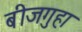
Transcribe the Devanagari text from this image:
बीजगुहा